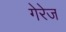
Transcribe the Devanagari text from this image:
गेरेज